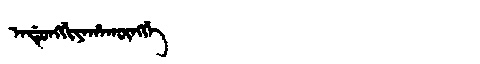
Manchu: ᠠᡩᡠᠩᡤᡳᠶᠠᡥᠠᡴᡡᠩᡤᡝ
Romanization: ADUNGGIYAHAKŪNGGE